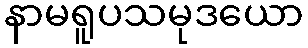
နာမရူပသမုဒယော